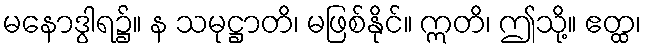
မနောဒွါရ၌။ န သမုဋ္ဌာတိ၊ မဖြစ်နိုင်။ ဣတိ၊ ဤသို့။ ဧတ္ထ၊